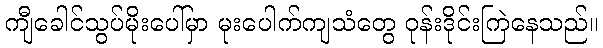
ကျီခေါင်သွပ်မိုးပေါ်မှာ မုးပေါက်ကျသံတွေ ဝုန်းဒိုင်းကြဲနေသည်။